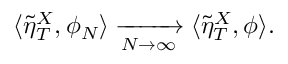
\langle \tilde { \eta } _ { T } ^ { X } , \phi _ { N } \rangle \xrightarrow [ N \to \infty ] { } \langle \tilde { \eta } _ { T } ^ { X } , \phi \rangle .